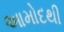
આમોદથી